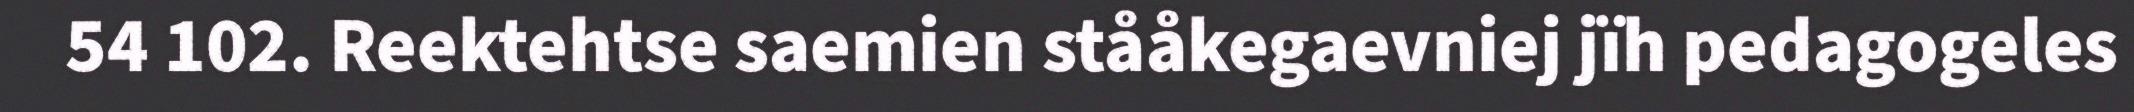
54 102. Reektehtse saemien stååkegaevniej jïh pedagogeles